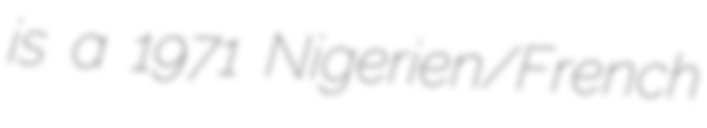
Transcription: is a 1971 Nigerien/French